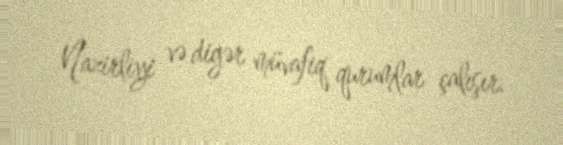
Nazirliyi və digər müvafiq qurumlar çalışır.